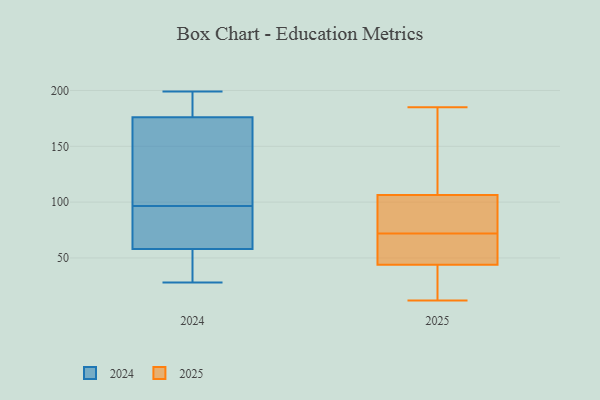
{"axis": {"x": "Temperature (°C)", "y": "Value"}, "legend": ["2024", "2025"], "data": [{"x": "", "y": 117, "type": "2024"}, {"x": "", "y": 58, "type": "2024"}, {"x": "", "y": 58, "type": "2024"}, {"x": "", "y": 94, "type": "2024"}, {"x": "", "y": 87, "type": "2024"}, {"x": "", "y": 99, "type": "2024"}, {"x": "", "y": 28, "type": "2024"}, {"x": "", "y": 199, "type": "2024"}, {"x": "", "y": 176, "type": "2024"}, {"x": "", "y": 88, "type": "2024"}, {"x": "", "y": 183, "type": "2024"}, {"x": "", "y": 185, "type": "2024"}, {"x": "", "y": 31, "type": "2024"}, {"x": "", "y": 108, "type": "2024"}, {"x": "", "y": 72, "type": "2025"}, {"x": "", "y": 49, "type": "2025"}, {"x": "", "y": 155, "type": "2025"}, {"x": "", "y": 29, "type": "2025"}, {"x": "", "y": 85, "type": "2025"}, {"x": "", "y": 21, "type": "2025"}, {"x": "", "y": 67, "type": "2025"}, {"x": "", "y": 158, "type": "2025"}, {"x": "", "y": 60, "type": "2025"}, {"x": "", "y": 88, "type": "2025"}, {"x": "", "y": 98, "type": "2025"}, {"x": "", "y": 68, "type": "2025"}, {"x": "", "y": 75, "type": "2025"}, {"x": "", "y": 22, "type": "2025"}, {"x": "", "y": 12, "type": "2025"}, {"x": "", "y": 132, "type": "2025"}, {"x": "", "y": 185, "type": "2025"}]}